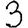
Digit: 3